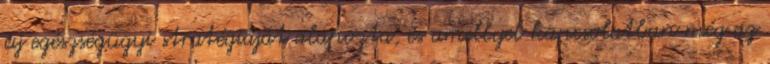
új egészségügyi stratégiáját alapozta, és amellyel kapcsolatban még az